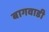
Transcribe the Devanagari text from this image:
बागवाडी